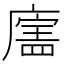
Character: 𪪣